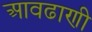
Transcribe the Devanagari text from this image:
आवढाणी